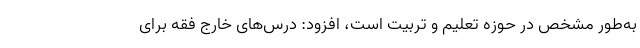
به‌طور مشخص در حوزه تعلیم و تربیت است، افزود: درس‌های خارج فقه برای